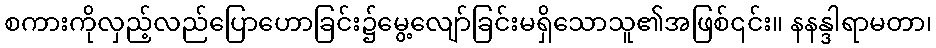
စကားကိုလှည့်လည်ပြောဟောခြင်း၌မွေ့လျော်ခြင်းမရှိသောသူ၏အဖြစ်၎င်း။ နနန္ဒါရာမတာ၊